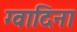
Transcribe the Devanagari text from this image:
ग्वादिना